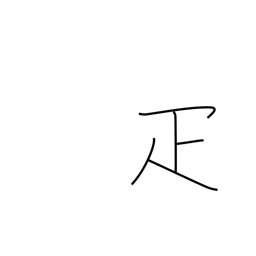
Meaning: counter for animals